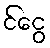
င်ငွေ